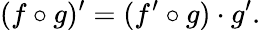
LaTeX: (f\circ g)^{\prime}=(f^{\prime}\circ g)\cdot g^{\prime}.